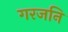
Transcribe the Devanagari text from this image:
गरजनि